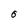
Character: O